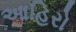
આહિરો